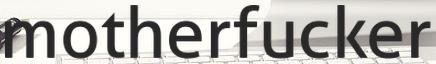
motherfucker